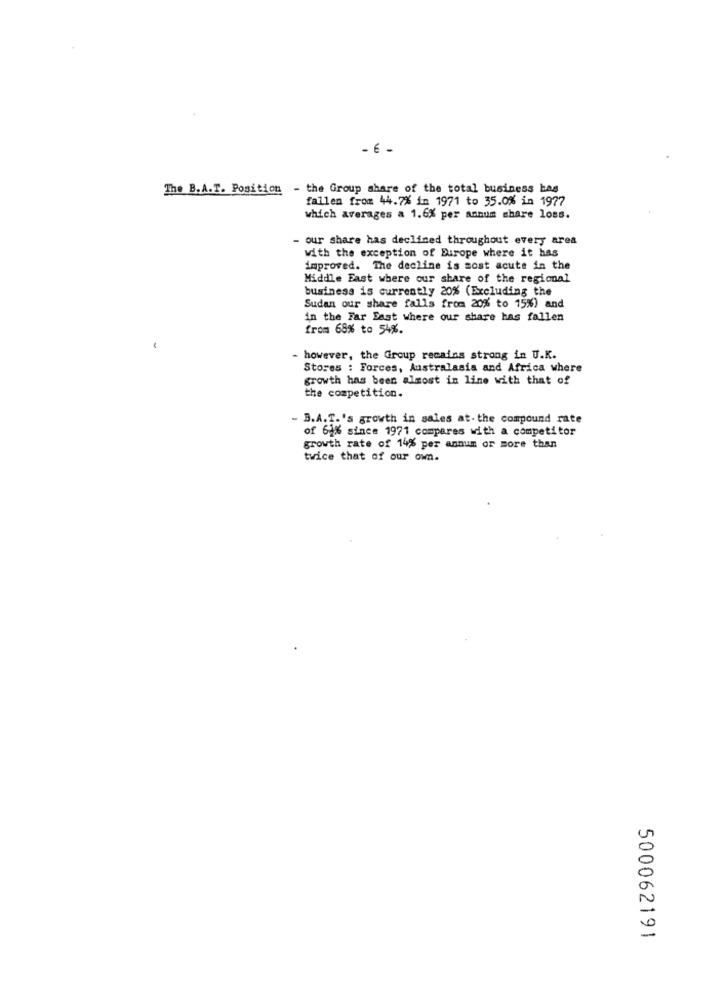
- É -
The B.A.T. Position - the Group share of the total business has
fallen from 44.7% in 1971 to 35.0% in 1977
which averages a 1.6% per annum share loss.
- our share has declined throughout every area
with the exception of Europe where it has
improved. The decline is most acute in the
Middle East where our share of the regional
business is currently 20% (Excluding the
Sudan our share falls from 20% to 15%) and
in the Far East where our share has fallen
from 68% to 54%.
-
however, the Group remains strong in U.K.
Stores : Forces, Australasia and Africa where
growth has been alsost in line with that of
the competition.
- B.A.T.'s growth in sales at- the compound rate
of 61% since 1971 compares with a competitor
growth rate of 14% per annum or more than
twice that of our own.
500062191